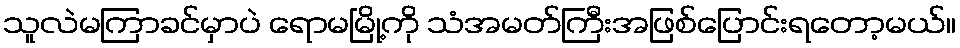
သူလဲမကြာခင်မှာပဲ ရောမမြို့ကို သံအမတ်ကြီးအဖြစ်ပြောင်းရတော့မယ်။